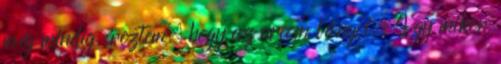
még mindig éreztem, hogy az arcom lángol. Így mikor